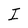
Character: O